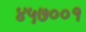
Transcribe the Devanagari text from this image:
४५७००१